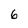
Character: 6